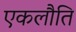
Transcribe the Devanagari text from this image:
एकलौति